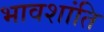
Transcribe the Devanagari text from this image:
भावशांति